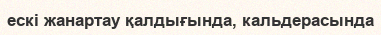
ескі жанартау қалдығында, кальдерасында